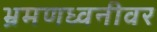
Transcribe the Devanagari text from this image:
भ्रमणध्वनीवर